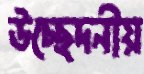
উচ্ছেদনীয়